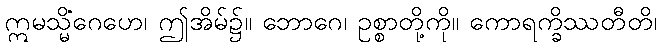
ဣမသ္မိံဂေဟေ၊ ဤအိမ်၌။ ဘောဂေ၊ ဥစ္စာတို့ကို။ ကောရက္ခိဿတီတိ၊